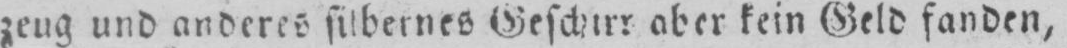
zeug und anderes silbernes Geschirr aber kein Geld fanden,